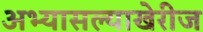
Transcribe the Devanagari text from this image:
अभ्यासल्याखेरीज